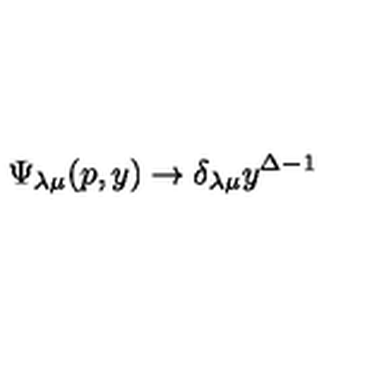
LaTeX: \Psi _ { \lambda \mu } ( p , y ) \rightarrow \delta _ { \lambda \mu } y ^ { \Delta - 1 }